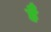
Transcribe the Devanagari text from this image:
है॑